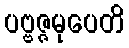
ပဗ္ဗဇ္ဇမုပေတိ